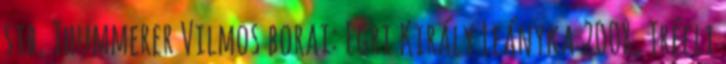
stb. Thummerer Vilmos borai: Egri Király Leányka 2008, Tréfli